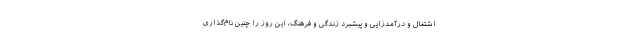
اشتغال و درآمدزایی و پیشبرد زندگی و فرهنگ، این روز را چنین نام‌گذاری